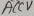
Text: ACCV